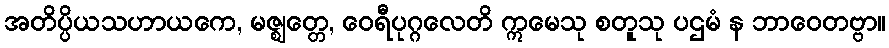
အတိပ္ပိယသဟာယကေ, မဇ္ဈတ္တေ, ဝေရီပုဂ္ဂလေတိ ဣမေသု စတူသု ပဌမံ န ဘာဝေတဗ္ဗာ။